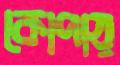
কোপায়